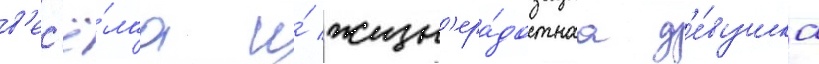
в'ес'ё́лаа и́ жизн'ера́достнаа д'е́вушка